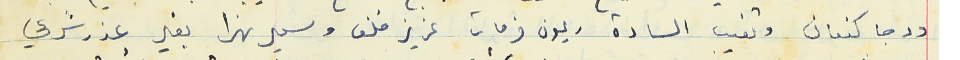
ورجا كنعان وتغيب السادة ريمون فرحات عزيز خلف وسمير نهرا بغير عذر شرعي